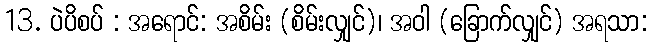
13. ပဲပိစပ် : အရောင်: အစိမ်း (စိမ်းလျှင်)၊ အဝါ (ခြောက်လျှင်) အရသာ: